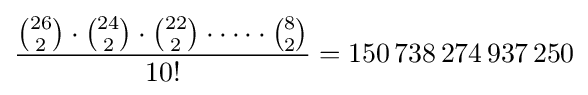
{\frac {{26 \choose 2}\cdot {24 \choose 2}\cdot {22 \choose 2}\cdot \dots \cdot {8 \choose 2}}{10!}}=150\,738\,274\,937\,250